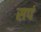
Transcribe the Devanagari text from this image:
सपं